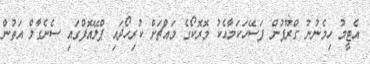
އެޓީމު ހިމެނުނު ގްރޫޕުން ފަސޭހަކަމާއެކު މޮރޮކޯގެ މައްޗަށް ކުރިހޯދައި ޕްލޭއޮފްގައި ސެނެގާލް އަތުން